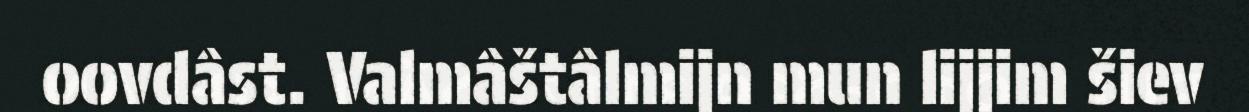
oovdâst. Valmâštâlmijn mun lijjim šiev